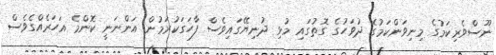
ނޫސްވެރިކަމުގެ މިނިވަންކަމުގެ ދުވަހުގެ ގޮތުގައި މުޅި ދުނިޔޭގައިވެސް ފާހަގަކުރަމުން އަންނަނީ ކޮންމެ އަހަރެއްގެވެސް